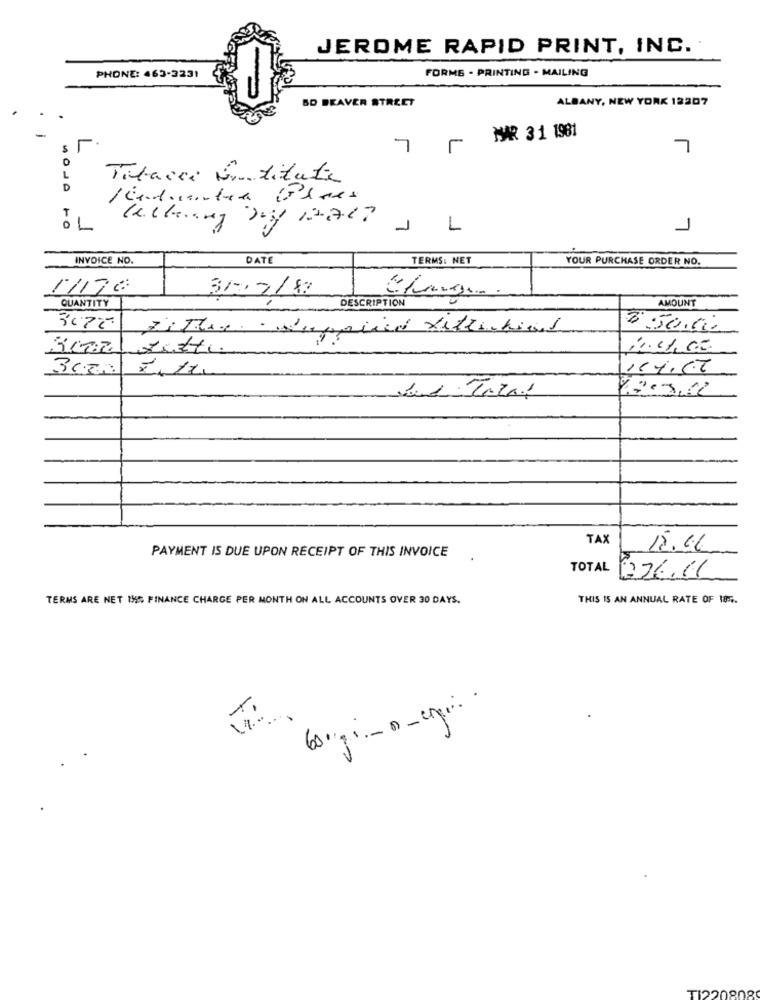
JEROME RAPID PRINT, INC.
FORME - PRINTING - MAILING
PHONE: 463-3231
BD BEAVER STREET
ALBANY, NEW YORK 12207
MAR 3 1 1981
S
7
0
1
Tabacco detitute
D
T
01
1
INVOICE NO.
DATE
TERMS: NET
YOUR PURCHASE ORDER NO.
1/176
3/07/82
AMOUNT
QUANTITY
DESCRIPTION
30.72
ZiThe Supplied Xithinking
$50.00
sitti
TAX
PAYMENT IS DUE UPON RECEIPT OF THIS INVOICE
12.46
TOTAL
226.11
TERMS ARE NET 1% FINANCE CHARGE PER MONTH ON ALL ACCOUNTS OVER 30 DAYS.
THIS IS AN ANNUAL RATE OF 185 ..
.
TI220808